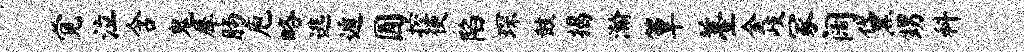
觉泣含鬼犀肠庖略逃遁圆控便陷琛鼓揭瀚簟薹金岐冢阔黛甥科